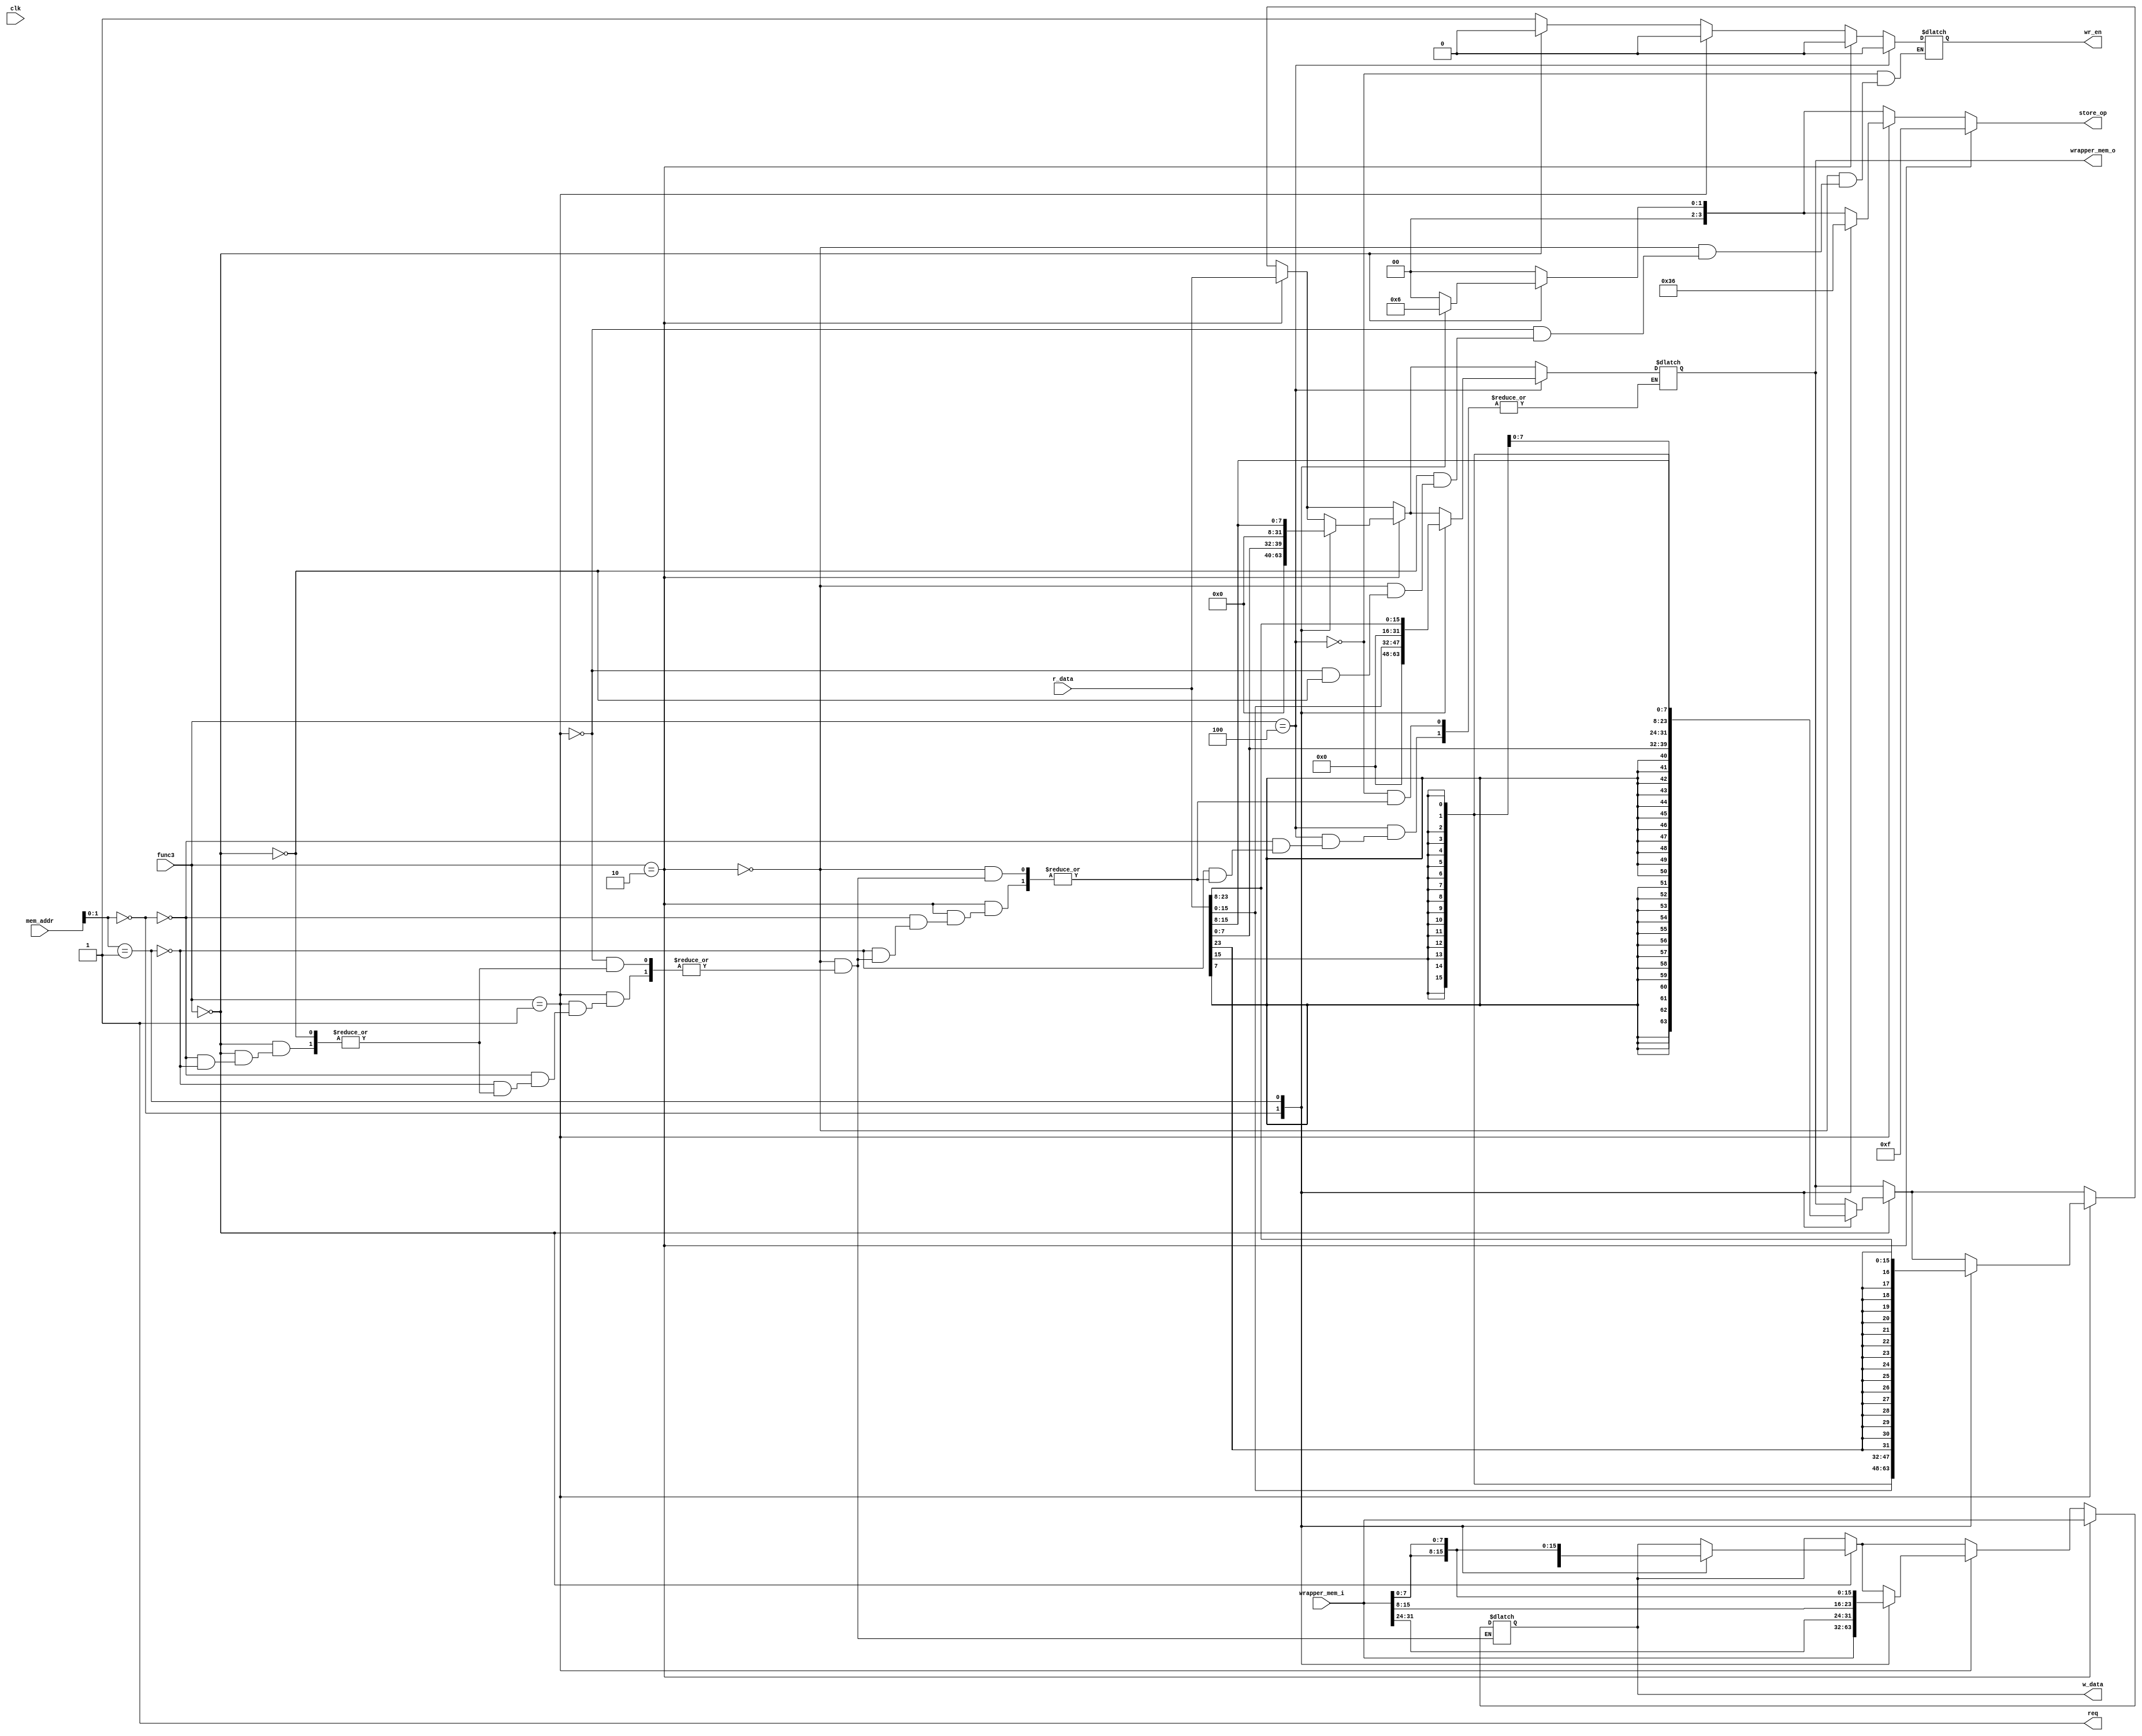
module wrapper_mem (
    wrapper_mem_o,
    w_data,
    wrapper_mem_i,
    func3, 
    req,
    r_data,
    store_op,
    wr_en,
    mem_addr,
    clk   
  );

 input wire [2:0]                        func3;
 input wire [13:0]                    mem_addr; 
 output reg [3:0]                     store_op;
 input wire [31:0]                      r_data;
 input wire [31:0]               wrapper_mem_i;
 output reg                              wr_en;
 input wire                                clk;
 output reg [31:0]               wrapper_mem_o;
 output reg [31:0]                      w_data;
 output reg                                req;

 

 always@(*)begin
     store_op = 4'b0;
     req =1 ;
     
     if(func3==3'b000)begin //sb
        wr_en= 1'b1;
           case(mem_addr[1:0])
 
           00:begin 
             store_op=4'b0001;
             w_data = wrapper_mem_i;
             end
           01:begin
             store_op=4'b0010;
             w_data = {wrapper_mem_i[31:16],wrapper_mem_i[7:0],wrapper_mem_i[7:0]};
           end
           10:begin
             store_op=4'b0100;
             w_data = {wrapper_mem_i[31:24],wrapper_mem_i[7:0],wrapper_mem_i[15:0]};
           end
           11:begin
             store_op=4'b1000;
             w_data = {wrapper_mem_i[7:0],wrapper_mem_i[23:0]};
           end
           endcase
     end
      if(func3==3'b001)begin//sh
      wr_en= 1'b1;
           case(mem_addr[1:0])
 
           00: begin
             store_op = 4'b0011;
             w_data = wrapper_mem_i;
           end
           01:begin
             store_op = 4'b0110;
             w_data = {wrapper_mem_i[31:24],wrapper_mem_i[15:0],wrapper_mem_i[7:0]};
           end
           10:begin
             store_op=4'b1100;
             w_data = {wrapper_mem_i[15:0],wrapper_mem_i[15:0]};
           end
           endcase
     end
     if(func3==3'b010)begin//sw
     wr_en= 1'b1;
 
       store_op=4'b1111;
       w_data = wrapper_mem_i;   
     end
 
  if(func3==3'b000)begin //lb
  wr_en= 1'b0;
           case(mem_addr[1:0])
 
           00:wrapper_mem_o={{24{r_data[7]}},r_data[7:0]};
           01:wrapper_mem_o={{24{r_data[15]}},r_data[15:8]};
           10:wrapper_mem_o={{24{r_data[23]}},r_data[23:16]};
           11:wrapper_mem_o={{24{r_data[31]}},r_data[31:24]};
 
           endcase
     end
      if(func3==3'b001)begin//lh
      wr_en= 1'b0;
           case(mem_addr[1:0])
 
           00:wrapper_mem_o={{16{r_data[15]}},r_data[15:0]};
           01:wrapper_mem_o={{16{r_data[23]}},r_data[23:8]};
           10:wrapper_mem_o={{16{r_data[31]}},r_data[31:16]};
           endcase
     end
     if(func3==3'b010)begin//lw
     wr_en= 1'b0;
 
        wrapper_mem_o=r_data;
         
     end
     if(func3==3'b010)begin//lbu
     wr_en= 1'b0;
         case(mem_addr[1:0])
 
           00:wrapper_mem_o={24'b0,r_data[7:0]};
           01:wrapper_mem_o={24'b0,r_data[15:8]};
           10:wrapper_mem_o={24'b0,r_data[23:16]};
           11:wrapper_mem_o={24'b0,r_data[31:24]};
 
           endcase
       
         
     end
     if(func3==3'b100)begin//lhu
     wr_en= 1'b0;
         case(mem_addr[1:0])
 
           00:wrapper_mem_o={16'b0,r_data[15:0]};
           01:wrapper_mem_o={16'b0,r_data[23:8]};
           10:wrapper_mem_o={16'b0,r_data[31:16]};
           endcase
       
         
     end
 end
 
 
endmodule